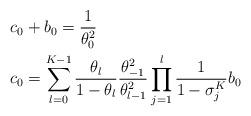
LaTeX: \begin{align*}c_0 &+ b_0 = \frac{1}{\theta_0^2} \\c_0 &= \sum_{l=0}^{K-1} \frac{\theta_l}{1-\theta_l} \frac{\theta_{-1}^2}{\theta_{l-1}^2}\prod_{j=1}^{l} \frac{1}{1-\sigma^K_{j}} b_0\end{align*}